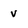
Character: v